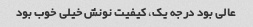
عالی بود درجه یک، کیفیت نونش خیلی خوب بود